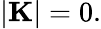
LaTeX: |{\mathbf K}|=0.